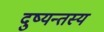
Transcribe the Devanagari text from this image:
दुष्यन्तस्य